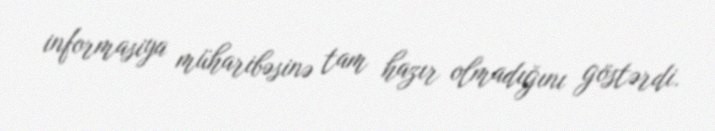
informasiya müharibəsinə tam hazır olmadığını göstərdi.